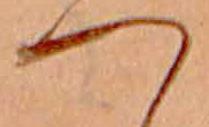
つ